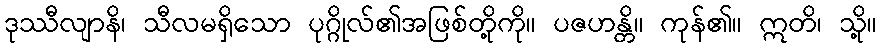
ဒုဿီလျာနိ၊ သီလမရှိသော ပုဂ္ဂိုလ်၏အဖြစ်တို့ကို။ ပဇဟန္တိ။ ကုန်၏။ ဣတိ၊ သို့။